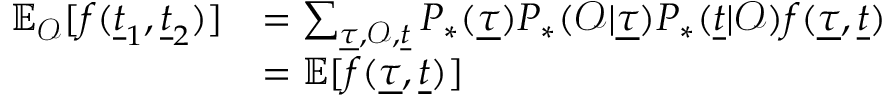
\begin{array} { r } { \begin{array} { r l } { \mathbb { E } _ { \mathcal { O } } [ f ( \underline { { t } } _ { 1 } , \underline { { t } } _ { 2 } ) ] } & { = \sum _ { \underline { { \tau } } , \mathcal { O } , \underline { { t } } } P _ { * } ( \underline { { \tau } } ) P _ { * } ( \mathcal { O } | \underline { { \tau } } ) P _ { * } ( \underline { { t } } | \mathcal { O } ) f ( \underline { { \tau } } , \underline { { t } } ) } \\ & { = \mathbb { E } [ f ( \underline { { \tau } } , \underline { { t } } ) ] } \end{array} } \end{array}